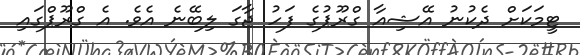
ޓީމަކަށް ދެކުނު އޭޝިއާ ގްރޫޕުގެ ފަހު ޖާގަ ލިބޭނެ އެވެ. އެ ގްރޫޕްގައި